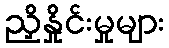
ညှိနှိုင်းမှုများ